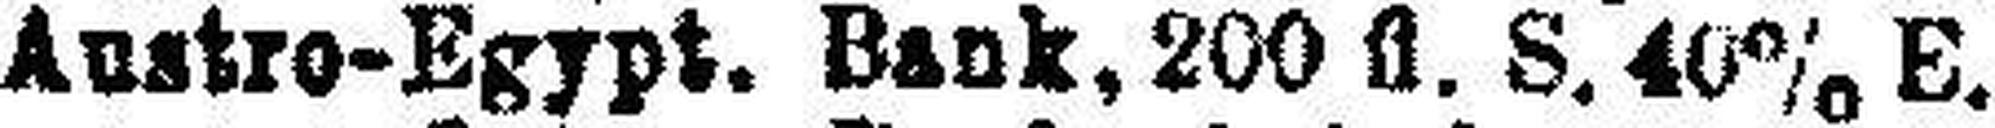
Austro-Egypt. Bank, 200 fl. S. 40% E.